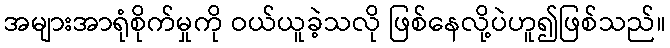
အများအာရုံစိုက်မှုကို ဝယ်ယူခဲ့သလို ဖြစ်နေလို့ပဲဟူ၍ဖြစ်သည်။